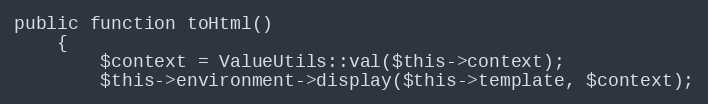
Language: PHP
public function toHtml()
    {
        $context = ValueUtils::val($this->context);
        $this->environment->display($this->template, $context);